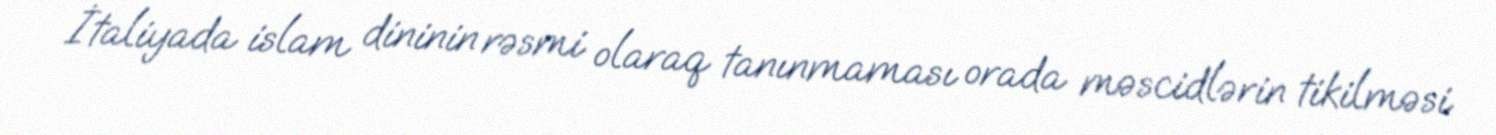
İtaliyada islam dininin rəsmi olaraq tanınmaması orada məscidlərin tikilməsi